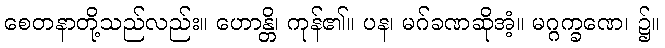
စေတနာတို့သည်လည်း။ ဟောန္တိ၊ ကုန်၏။ ပန၊ မဂ်ခဏဆိုအံ့။ မဂ္ဂက္ခဏေ၊ ၌။